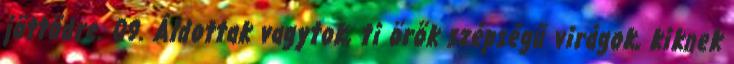
jöttödre. 09. Áldottak vagytok, ti örök szépségű virágok, kiknek